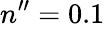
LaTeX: n_{\mathrm{~}}^{\prime\prime}=0.1